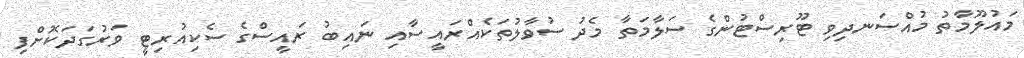
މައުލޫމާތު މުއްސަނދިވި ޓޫރިސްޓުންގެ ސަލާމަތާ މެދު ސުވާލުތަކެއްރައީސާއި ނައިބު ރައީސްގެ ސެކިއުރިޓީ ވަރުގަދަކޮށްފި